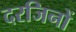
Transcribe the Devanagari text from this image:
दरजिनों